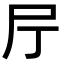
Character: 𡰨